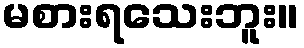
မစားရသေးဘူး။